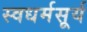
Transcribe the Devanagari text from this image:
स्वधर्मसूर्य